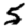
Digit: 5